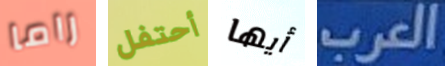
راما أحتفل أيها العرب